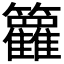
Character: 𬖈